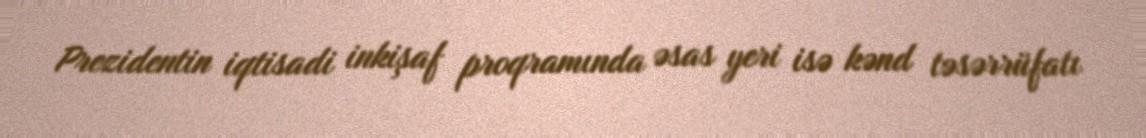
Prezidentin iqtisadi inkişaf proqramında əsas yeri isə kənd təsərrüfatı